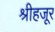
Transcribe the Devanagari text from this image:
श्रीहजूर